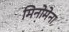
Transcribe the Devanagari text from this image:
मिनोमेना